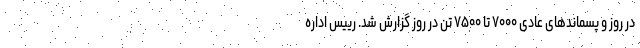
در روز و پسماندهای عادی ۷۰۰۰ تا ۷۵۰۰ تن در روز گزارش شد. رییس اداره